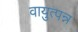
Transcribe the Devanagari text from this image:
वायुत्पन्न